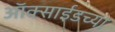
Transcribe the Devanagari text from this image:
ऑक्साईडच्या